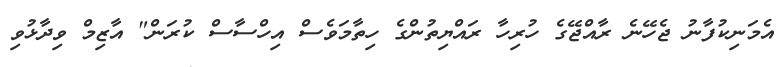
އެމަނިކުފާނު ޖެހޭނެ ރާއްޖޭގެ ހުރިހާ ރައްޔިތުންގެ ހިތާމަވެސް އިހްސާސް ކުރަން" އާޒިމް ވިދާޅުވި